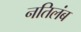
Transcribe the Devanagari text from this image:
नतिलंब